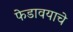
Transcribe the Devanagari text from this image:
फेडावयाचे